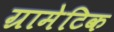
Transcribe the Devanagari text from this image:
ग्रामेटिक